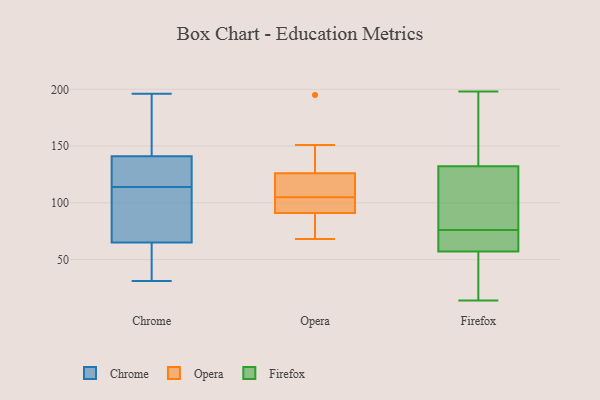
{"axis": {"x": "Humidity (%)", "y": "Value"}, "legend": ["Chrome", "Firefox", "Opera"], "data": [{"x": "", "y": 31, "type": "Chrome"}, {"x": "", "y": 110, "type": "Chrome"}, {"x": "", "y": 132, "type": "Chrome"}, {"x": "", "y": 111, "type": "Chrome"}, {"x": "", "y": 117, "type": "Chrome"}, {"x": "", "y": 47, "type": "Chrome"}, {"x": "", "y": 65, "type": "Chrome"}, {"x": "", "y": 196, "type": "Chrome"}, {"x": "", "y": 141, "type": "Chrome"}, {"x": "", "y": 196, "type": "Chrome"}, {"x": "", "y": 85, "type": "Opera"}, {"x": "", "y": 151, "type": "Opera"}, {"x": "", "y": 103, "type": "Opera"}, {"x": "", "y": 107, "type": "Opera"}, {"x": "", "y": 91, "type": "Opera"}, {"x": "", "y": 97, "type": "Opera"}, {"x": "", "y": 126, "type": "Opera"}, {"x": "", "y": 195, "type": "Opera"}, {"x": "", "y": 125, "type": "Opera"}, {"x": "", "y": 68, "type": "Opera"}, {"x": "", "y": 68, "type": "Firefox"}, {"x": "", "y": 69, "type": "Firefox"}, {"x": "", "y": 89, "type": "Firefox"}, {"x": "", "y": 37, "type": "Firefox"}, {"x": "", "y": 175, "type": "Firefox"}, {"x": "", "y": 79, "type": "Firefox"}, {"x": "", "y": 149, "type": "Firefox"}, {"x": "", "y": 63, "type": "Firefox"}, {"x": "", "y": 14, "type": "Firefox"}, {"x": "", "y": 39, "type": "Firefox"}, {"x": "", "y": 128, "type": "Firefox"}, {"x": "", "y": 145, "type": "Firefox"}, {"x": "", "y": 198, "type": "Firefox"}, {"x": "", "y": 96, "type": "Firefox"}, {"x": "", "y": 14, "type": "Firefox"}, {"x": "", "y": 76, "type": "Firefox"}, {"x": "", "y": 72, "type": "Firefox"}]}